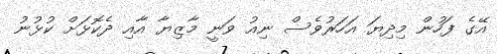
އޭގެ ފަހުން މިދިޔަ އަހަރުވެސް ނިއު ވަނީ މާޒިޔާ އާއި ދެކޮޅަށް ކުޅުނު